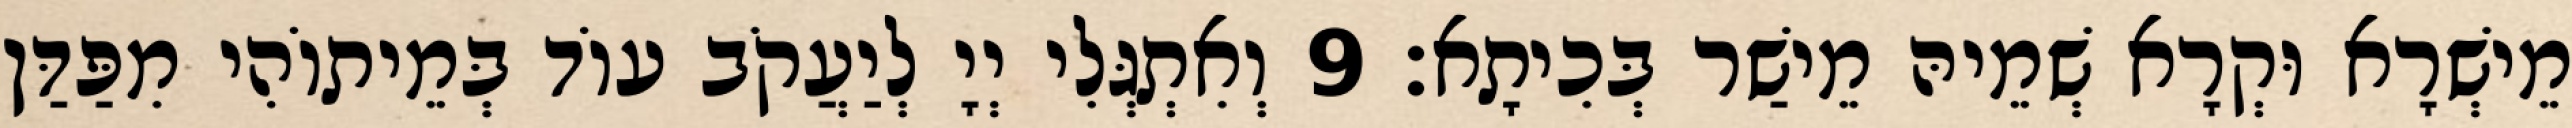
מֵישְׁרָא וּקְרָא שְׁמֵיהּ מֵישַׁר בְּכִיתָא׃ 9 וְאִתְגְּלִי יְיָ לְיַעֲקֹב עוֹד בְּמֵיתוֹהִי מִפַּדַּן